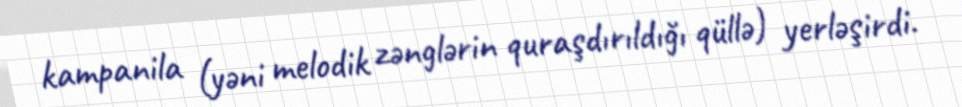
kampanila (yəni melodik zənglərin quraşdırıldığı qüllə) yerləşirdi.